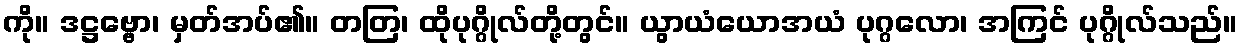
ကို။ ဒဋ္ဌဗ္ဗော၊ မှတ်အပ်၏။ တတြ၊ ထိုပုဂ္ဂိုလ်တို့တွင်။ ယွာယံယောအယံ ပုဂ္ဂလော၊ အကြင် ပုဂ္ဂိုလ်သည်။